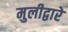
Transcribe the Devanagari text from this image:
मुलीद्वारे